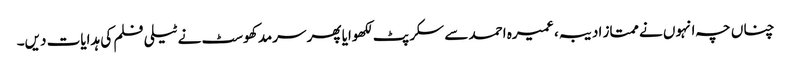
چناں چہ انہوں نے ممتاز ادیبہ، عمیرہ احمد سے سکرپٹ لکھوایا پھر سرمد کھوسٹ نے ٹیلی فلم کی ہدایات دیں۔